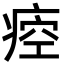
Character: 㾤